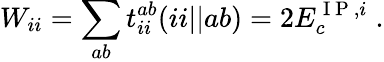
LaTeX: W_{ii}=\sum_{ab}t_{ii}^{ab}(ii||ab)=2E_{c}^{\mathrm{~I~P~},i}\; .